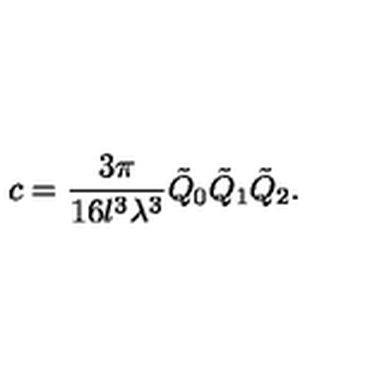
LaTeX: c = \frac { 3 \pi } { 1 6 l ^ { 3 } \lambda ^ { 3 } } \tilde { Q } _ { 0 } \tilde { Q } _ { 1 } \tilde { Q } _ { 2 } .